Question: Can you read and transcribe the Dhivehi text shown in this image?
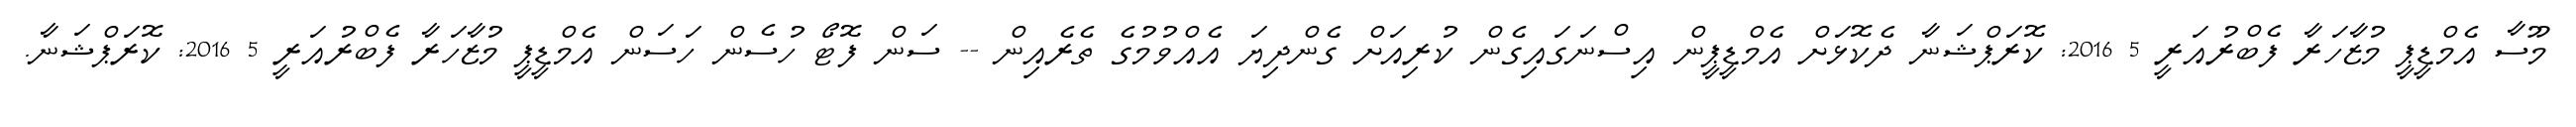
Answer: މޫސާ އެމްޑީޕީ މުޒާހަރާ ފެބްރުއަރީ 5 2016: ކޮރަޕްޝަނާ ދެކޮޅަށް އެމްޑީޕީން އިސްނަގައިގެން ކުރިއަށް ގެންދިޔަ އެއްވުމުގެ ތެރެއިން -- ސަން ފޮޓޯ ހުސެން ހަސަން އެމްޑީޕީ މުޒާހަރާ ފެބްރުއަރީ 5 2016: ކޮރަޕްޝަނާ.